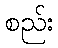
စည်း